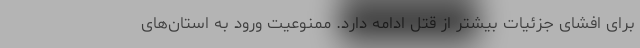
برای افشای جزئیات بیشتر از قتل ادامه دارد. ممنوعیت ورود به استان‌های